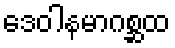
ဒေဝါနမာဂစ္ဆထ